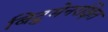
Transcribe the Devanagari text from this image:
बिटुमेनरक्षित